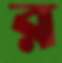
র